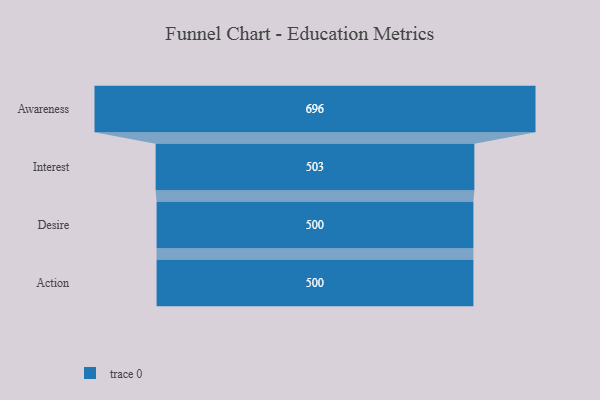
{"axis": {"x": "Stage", "y": "Value"}, "legend": [""], "data": [{"x": "Awareness", "y": 696.0, "type": ""}, {"x": "Interest", "y": 503.0, "type": ""}, {"x": "Desire", "y": 500, "type": ""}, {"x": "Action", "y": 500, "type": ""}]}